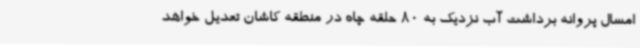
امسال پروانه برداشت آب نزدیک به 80 حلقه چاه در منطقه کاشان تعدیل خواهد